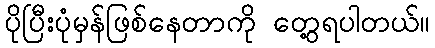
ပိုပြီးပုံမှန်ဖြစ်နေတာကို တွေ့ရပါတယ်။